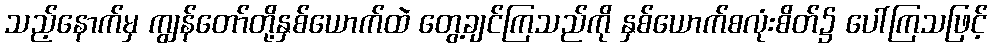
သည့်နောက်မှ ကျွန်တော်တို့နှစ်ယောက်ထဲ တွေ့ချင်ကြသည်ကို နှစ်ယောက်စလုံးစိတ်၌ ပေါ်ကြသဖြင့်